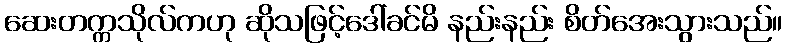
ဆေးတက္ကသိုလ်ကဟု ဆိုသဖြင့်ဒေါ်ခင်မိ နည်းနည်း စိတ်အေးသွားသည်။